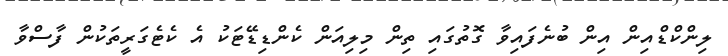
ލިންކްޑްއިން އިން ބުނެފައިވާ ގޮތުގައި ތިން މިލިއަން ކެންޑިޑޭޓަކު އެ ކެޓެގަރީތަކުން ފާސްވާ